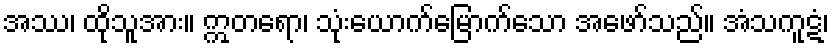
အဿ၊ ထိုသူအား။ ဣတရော၊ သုံးယောက်မြောက်သော အဖော်သည်။ အံသကူဋံ၊